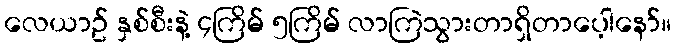
လေယာဥ် နှစ်စီးနဲ့ ၄ကြိမ် ၅ကြိမ် လာကြဲသွားတာရှိတာပေ့ါနော်။